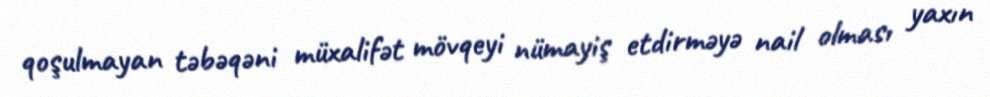
qoşulmayan təbəqəni müxalifət mövqeyi nümayiş etdirməyə nail olması yaxın